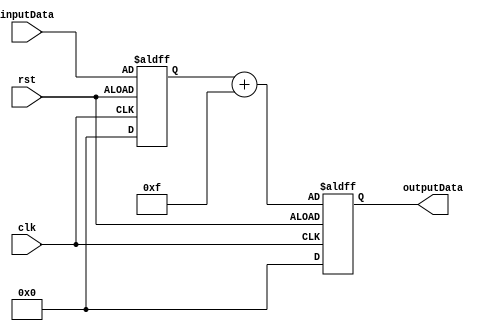
module ShiftAddRegister (
    input wire clk,
    input wire rst,
    input wire [7:0] inputData,
    output reg [7:0] outputData
);

reg [7:0] shiftReg;
reg [7:0] constantValue = 8'h0F;

always @(posedge clk or negedge rst) begin
    if (rst) begin
        shiftReg <= 8'h00;
        outputData <= 8'h00;
    end else begin
        shiftReg <= {shiftReg[6:0], inputData};
        outputData <= shiftReg + constantValue;
    end
end

endmodule